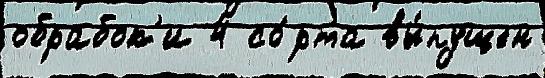
обрабок'и 4 со́рта вы́пущен